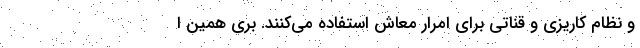
و نظام کاریزی و قناتی برای امرار معاش استفاده می‌کنند. بری همین ا